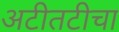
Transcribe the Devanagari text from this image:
अटीतटीचा